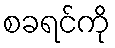
စခရင်ကို